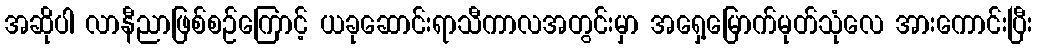
အဆိုပါ လာနီညာဖြစ်စဉ်ကြောင့် ယခုဆောင်းရာသီကာလအတွင်းမှာ အရှေ့မြောက်မုတ်သုံလေ အားကောင်းပြီး